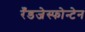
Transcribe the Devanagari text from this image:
रँडजेस्फोन्टेन